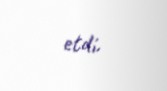
etdi.